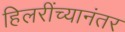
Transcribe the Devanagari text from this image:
हिलरींच्यानंतर